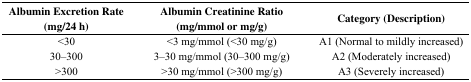
| Albumin Excretion Rate (mg/24 h) | Albumin Creatinine Ratio (mg/mmol or mg/g) | Category (Description) |
 | --- | --- | --- |
 | <30 | <3 mg/mmol (<30 mg/g) | A1 (Normal to mildly increased) |
 | 30–300 | 3–30 mg/mmol (30–300 mg/g) | A2 (Moderately increased) |
 | >300 | >30 mg/mmol (>300 mg/g) | A3 (Severely increased) |